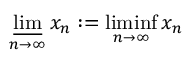
\varliminf _ { n \to \infty } x _ { n } : = \operatorname* { l i m i n f } _ { n \to \infty } x _ { n }